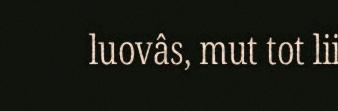
luovâs, mut tot lii